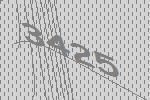
3425